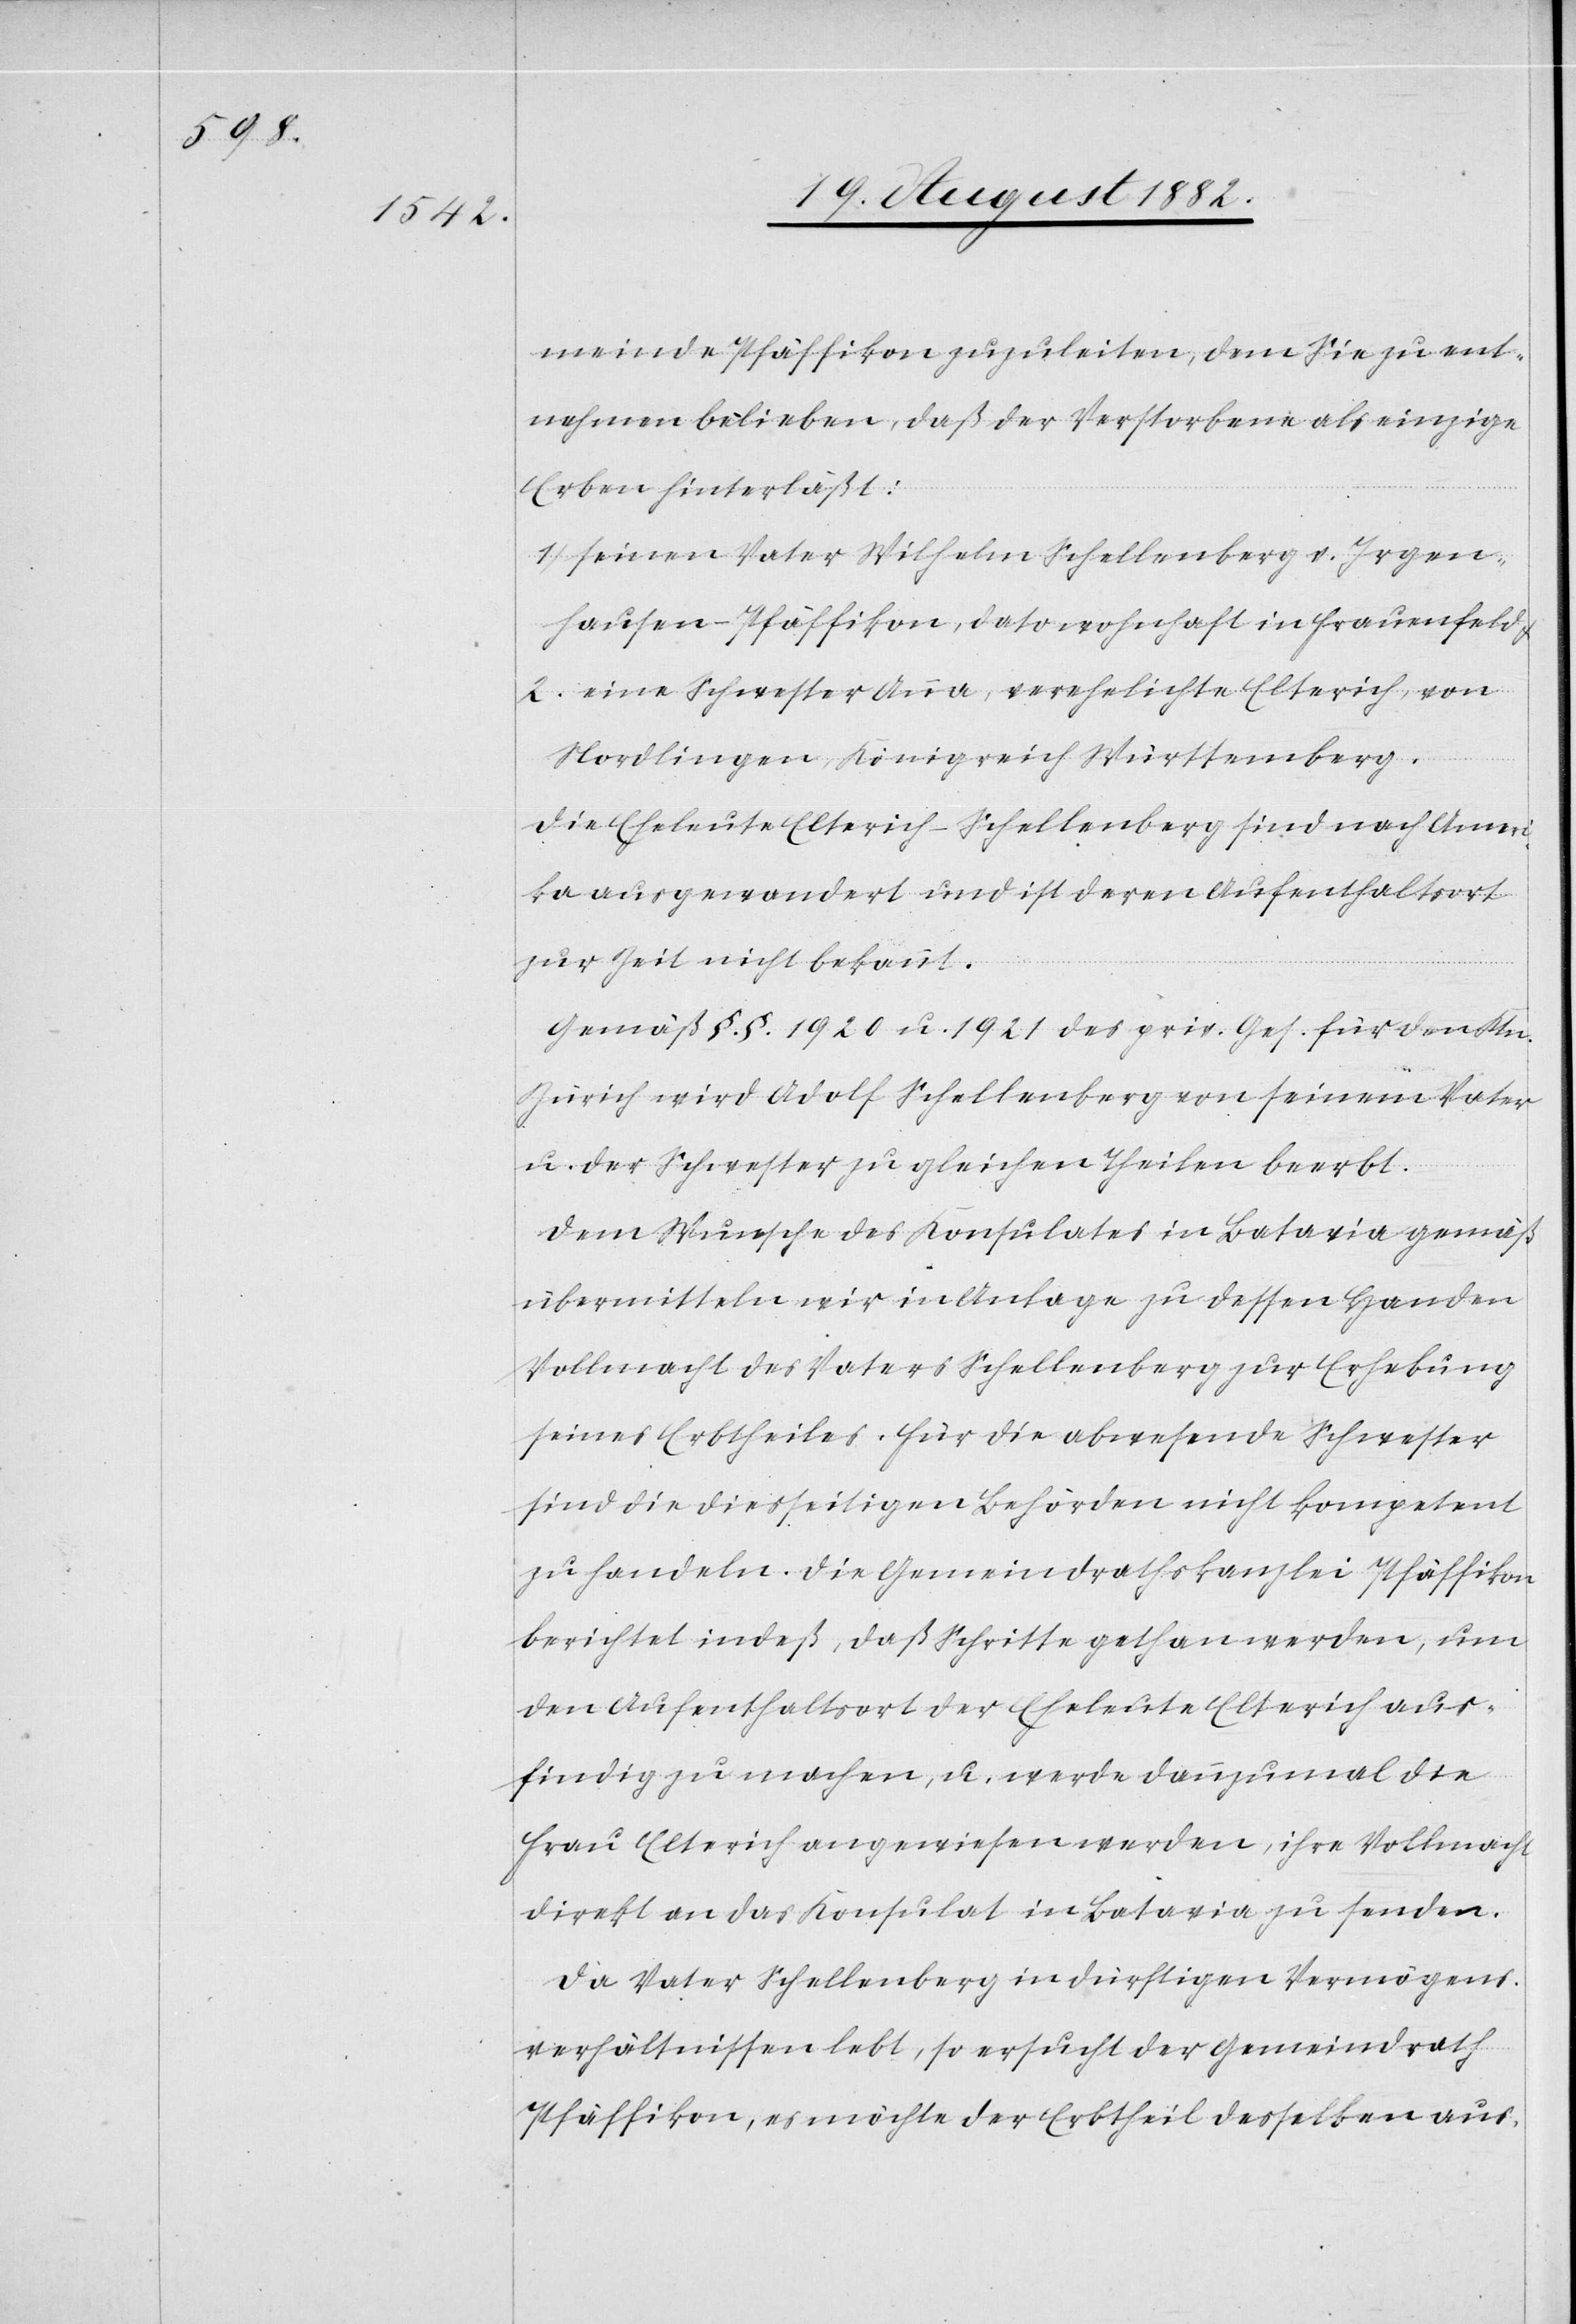
meinde Pfäffikon zuzuleiten, dem Sie zu ent¬
nehmen belieben, daß der Verstorbene als einzige
Erben hinterläßt:
1) seinen Vater Wilhelm Schellenberg v. Irgen¬
hausen - Pfäffikon, dato wohnhaft in Frauenfeld
2) eine Schwester Anna, verehelichte Elterich, von
Nordlingen, Königreich Württemberg.
Die Eheleute Elterich-Schellenberg sind nach Amer¬
ika ausgewandert und ist deren Aufenthaltsort
zur Zeit nicht bekannt.
Gemäß §.§. 1920 u. 1921 des priv. Ges. für den Ktn.
Zürich wird Adolf Schellenberg von seinem Vater
u. der Schwester zu gleichen Theilen beerbt.
Dem Wunsche des Konsulates in Batavia gemäß
übermitteln wir in Anlage zu dessen Handen
Vollmacht des Vaters Schellenberg zur Erhebung
seines Erbtheiles. Für die abwesende Schwester
sind die diesseitigen Behörden nicht kompetent
zu handeln. Die Gemeindrathskanzlei Pfäffikon
berichtet indeß, daß Schritte gethan werden, um
den Aufenthaltsort der Eheleute Elterich aus¬
findig zu machen, u. werde dannzumal die
Frau Elterich angewiesen werden, ihre Vollmacht
direkt an das Konsulat in Batavia zu senden.
Da Vater Schellenberg in dürftigen Vermögens¬
verhältnissen lebt, so ersucht der Gemeindrath
Pfäffikon, es möchte der Erbtheil desselben aus-